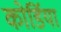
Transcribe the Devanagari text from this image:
कोर्डिया